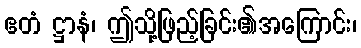
ဧတံ ဋ္ဌာနံ၊ ဤသို့ဖြည့်ခြင်း၏အကြောင်း၊